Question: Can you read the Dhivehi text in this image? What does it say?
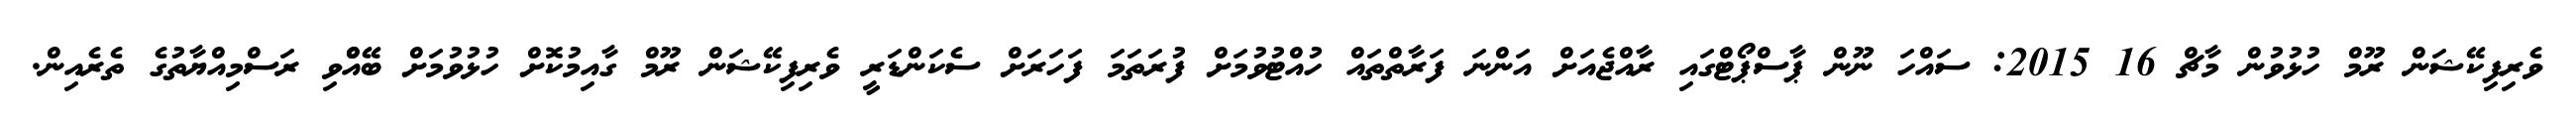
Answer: ވެރިފިކޭޝަން ރޫމް ހުޅުވުން މާޗް 16 2015: ސައްހަ ނޫން ޕާސްޕޯޓްގައި ރާއްޖެއަށް އަންނަ ފަރާތްތައް ހުއްޓުވުމަށް ފުރަތަމަ ފަހަރަށް ސެކަންޑަރީ ވެރިފިކޭޝަން ރޫމް ގާއިމުކޮށް ހުޅުވުމަށް ބޭއްްވި ރަސްމިއްޔާތުގެ ތެރެއިން.